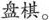
盘棋。